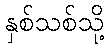
နှစ်သစ်သို့